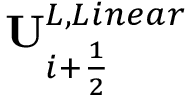
\mathbf { U } _ { i + \frac { 1 } { 2 } } ^ { L , L i n e a r }